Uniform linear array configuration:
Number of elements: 16
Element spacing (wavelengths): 1
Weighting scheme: hamming
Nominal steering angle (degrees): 60
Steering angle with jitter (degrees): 61.987
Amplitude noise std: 0.05
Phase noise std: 0.05

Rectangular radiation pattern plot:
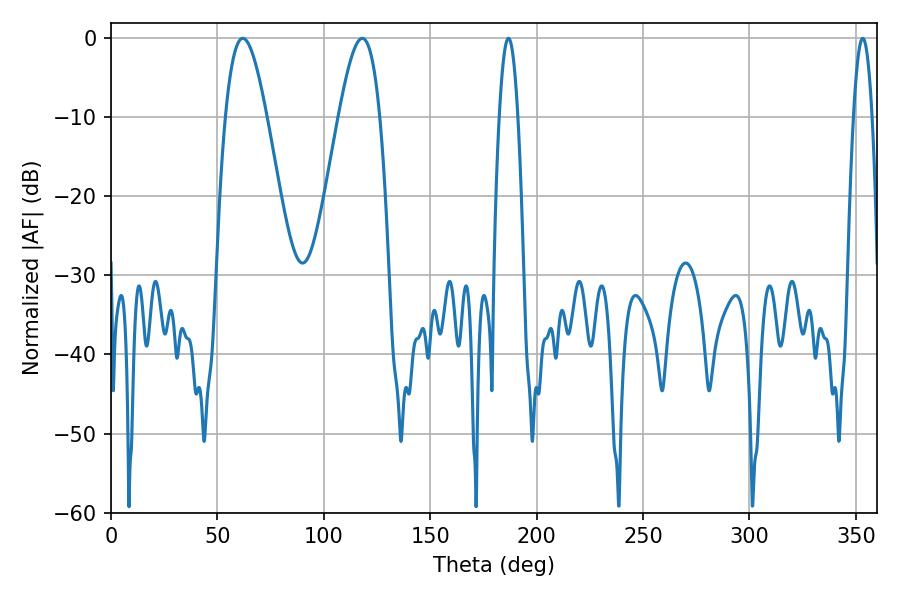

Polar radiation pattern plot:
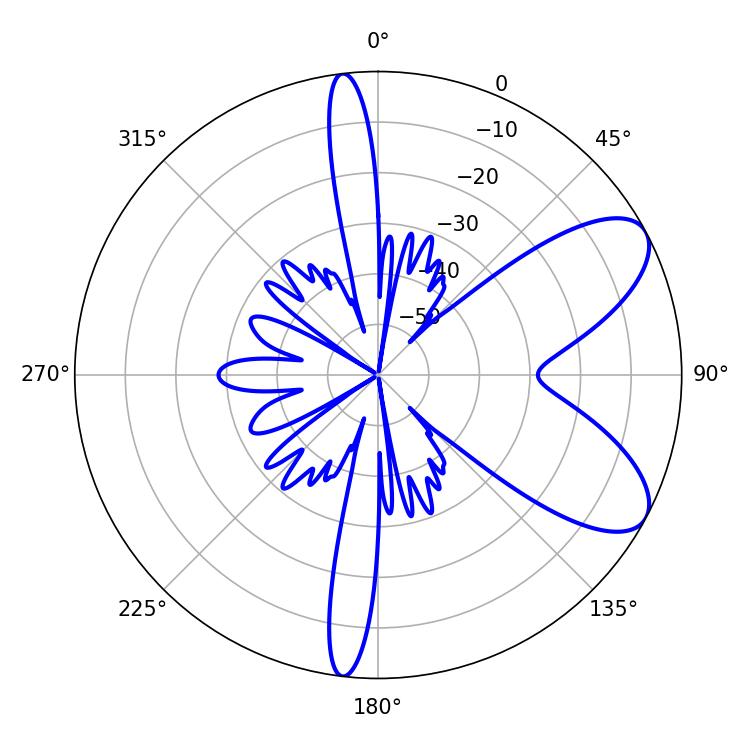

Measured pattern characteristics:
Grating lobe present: TRUE
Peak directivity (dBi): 7.794
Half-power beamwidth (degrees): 10.44
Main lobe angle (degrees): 61.92